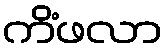
ကိံဖလာ